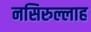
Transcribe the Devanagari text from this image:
नसिरुल्लाह